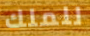
للملك